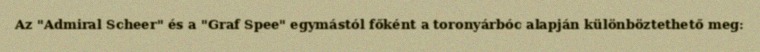
Az "Admiral Scheer" és a "Graf Spee" egymástól főként a toronyárbóc alapján különböztethető meg: